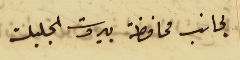
لجانب محافظة بيروت الجليلة